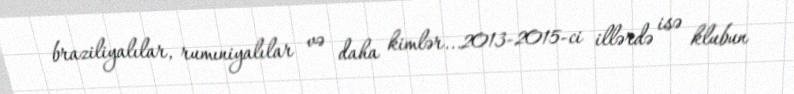
braziliyalılar, rumıniyalılar və daha kimlər...2013-2015-ci illərdə isə klubun